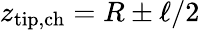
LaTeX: z_{\mathrm{tip,ch}}=R\pm\ell/2